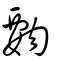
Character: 覅